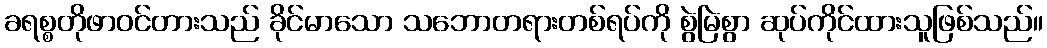
ခရစ္စတိုဖာဝင်တားသည် ခိုင်မာသော သဘောတရားတစ်ရပ်ကို စွဲမြဲစွာ ဆုပ်ကိုင်ထားသူဖြစ်သည်။